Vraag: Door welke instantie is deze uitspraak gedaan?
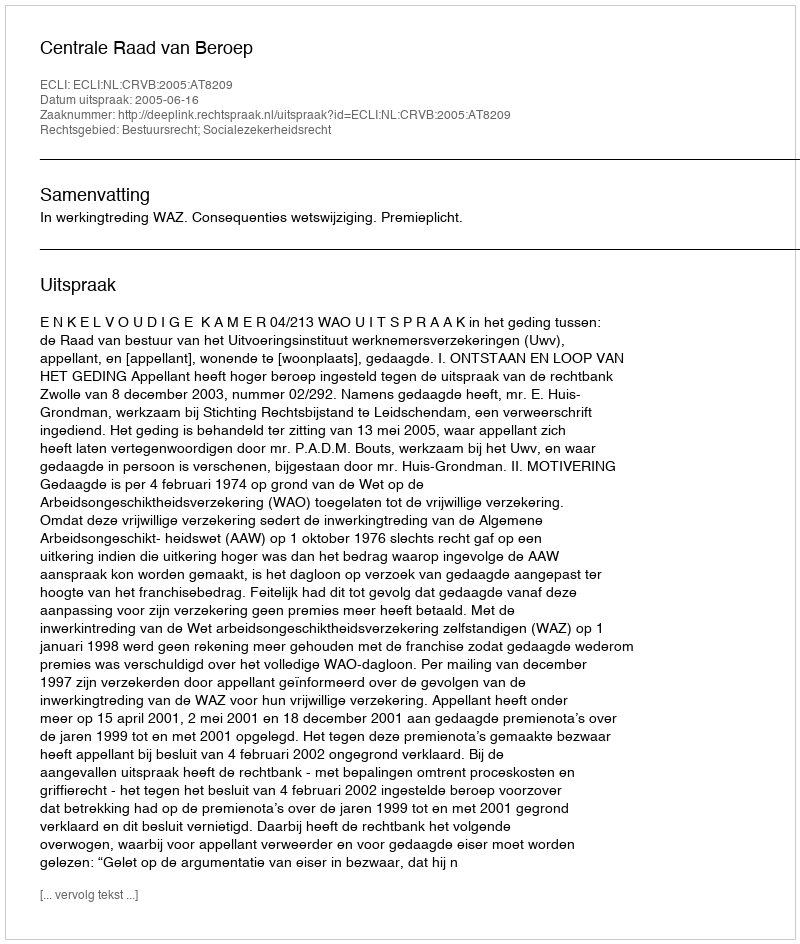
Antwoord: Centrale Raad van Beroep